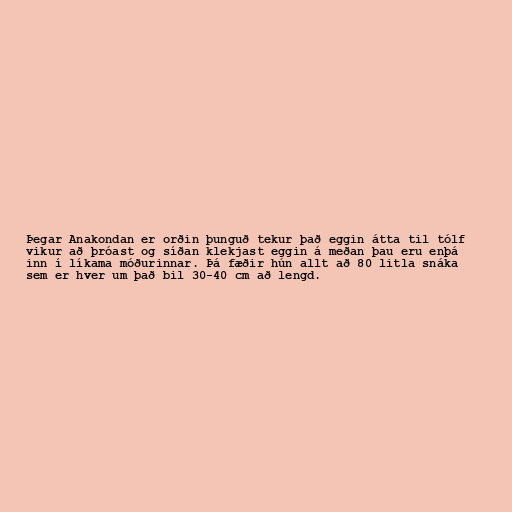
Þegar Anakondan er orðin þunguð tekur það eggin átta til tólf
vikur að þróast og síðan klekjast eggin á meðan þau eru enþá
inn í líkama móðurinnar. Þá fæðir hún allt að 80 litla snáka
sem er hver um það bil 30-40 cm að lengd.